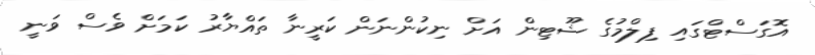
އޮގަސްޓްގައި ފިލްމުގެ ޝޫޓިން އަށް ނިކުންނަން ކަރީނާ ތައްޔާރު ކަމަށް ވެސް ވަނީ